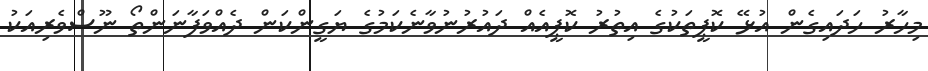
މިހާރު ހަދައިގެން އުޅޭ ކޮޕީތަކުގެ އިތުރު ކޮޕީއެއް ދައުރުނުވާނެކަމުގެ ޔަގީންކަން ދެއްވަފާނަންތޯ ނޫސްވެރިއަކު